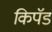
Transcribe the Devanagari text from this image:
किपॅड